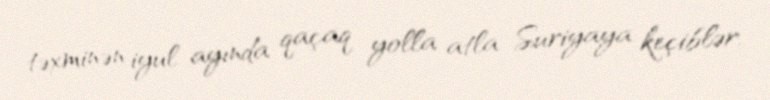
təxminən iyul ayında qaçaq yolla atla Suriyaya keçiblər.